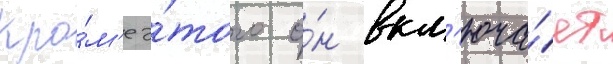
Кро́м'е э́того о́н вкл'юча́ет